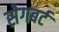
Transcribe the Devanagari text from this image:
सेगबर्ट